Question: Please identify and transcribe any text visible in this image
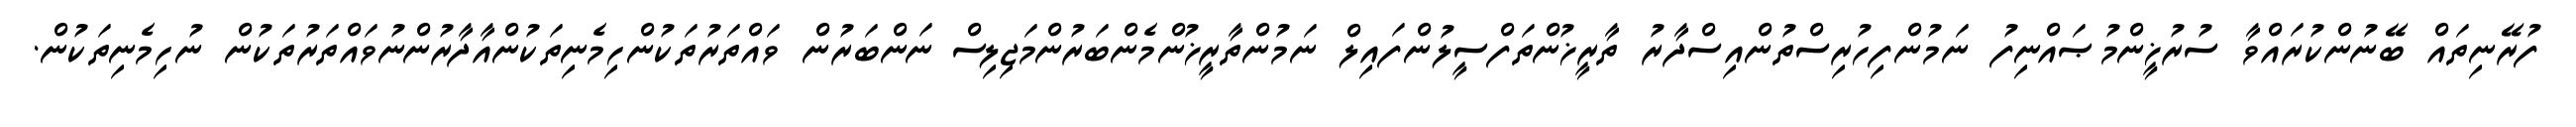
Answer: ފުރޭނިތައް ބޭނުންކުރައްވާ ސުރުޚީންމުޞައްނިފު ނަމުންފިހުރިސްތުންއިސްދާރު ތާރީޚުންތަފްސީލުންފައިލް ނަމުންތާރީޚުންމެންބަރުންމަޖިލިސް ނަންބަރުން ވައްތަރުތަކުންހިމެނިތަކުންއާދާރުންނުވައްތަރުތަކުން ނުހިމެނިތަކުން.